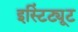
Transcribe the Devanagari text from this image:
इस्टिंट्यूट